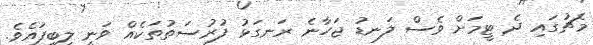
މެޗުގައި ދެ ޓީމަށް ވެސް ލަނޑު ޖަހާނެ ރަނގަޅު ފުރުސަތުތަކެއް ވަނީ ލިބިފައެވެ.